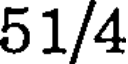
51/4